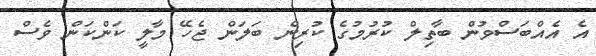
އެ އެއްބަސްވުން ބާތިލް ކުރުމުގެ ކުރިން ބަލަން ޖެހޭ މާލީ ކަންކަން ވެސް